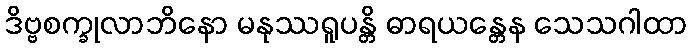
ဒိဗ္ဗစက္ခုလာဘိနော မနုဿရူပန္တိ ဓာရယန္တေန သေသဂါထာ